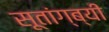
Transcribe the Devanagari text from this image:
सूतांग्ब्यी